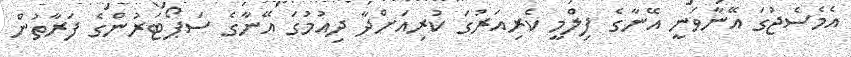
އެމެސެޖުގަ އޭނާވަނީ އޭނާގެ ފިލްމީ ކެރިއަރުގަ ކުރިއަށްދާ ދިއުމުގަ އޭނާގެ ސަޕޯޓަރުންގެ ފަރާތުން